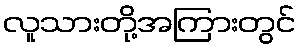
လူသားတို့အကြားတွင်